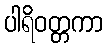
ပါရိဝတ္တကာ